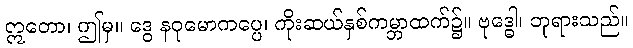
ဣတော၊ ဤမှ။ ဒွေ နဝုမောကပ္ပေ၊ ကိုးဆယ်နှစ်ကမ္ဘာထက်၌။ ဗုဒ္ဓေါ၊ ဘုရားသည်။